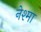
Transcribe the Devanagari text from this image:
नेश्मा